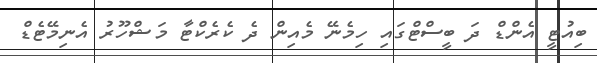
ބިއުޓީ އެންޑް ދަ ބީސްޓްގައި ހިމެނޭ މެއިން ދެ ކެރެކްޓާ މަޝްހޫރު އެނިމޭޓެޑް